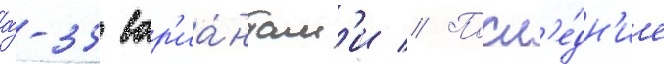
а́-35 вар'иа́нтам'и // Посл'е́дн'ие